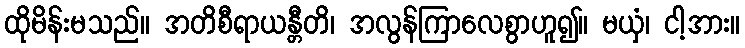
ထိုမိန်းမသည်။ အတိစီရာယန္တီတိ၊ အလွန်ကြာလေစွာဟူ၍။ မယှံ၊ ငါ့အား။